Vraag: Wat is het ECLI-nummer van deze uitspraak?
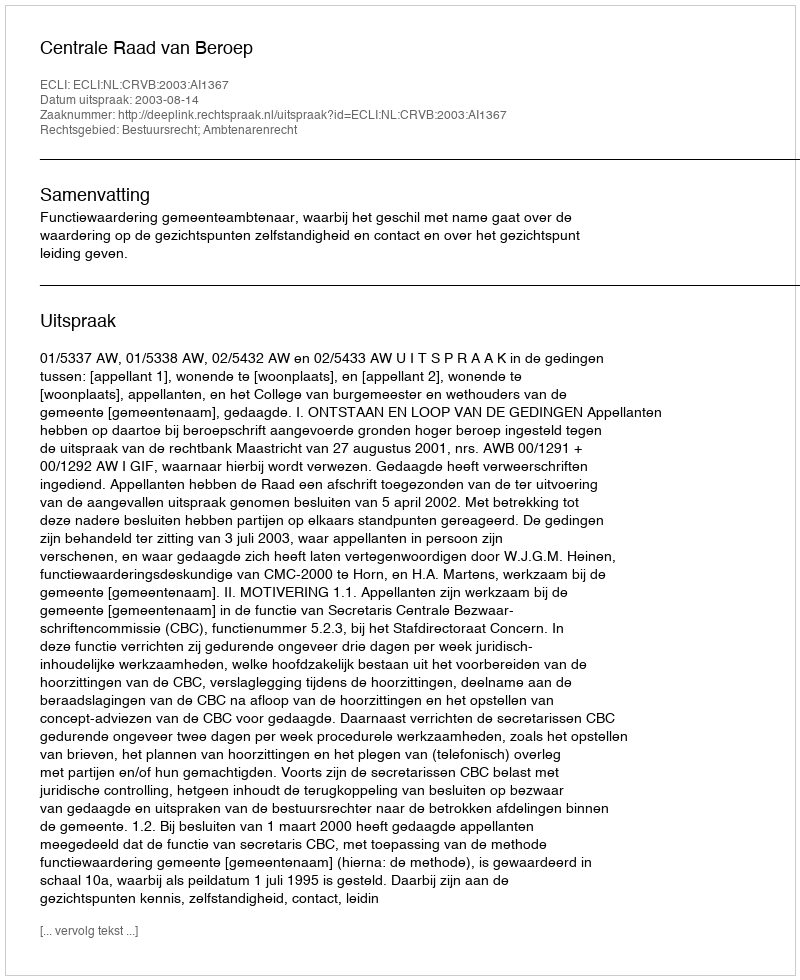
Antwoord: ECLI:NL:CRVB:2003:AI1367